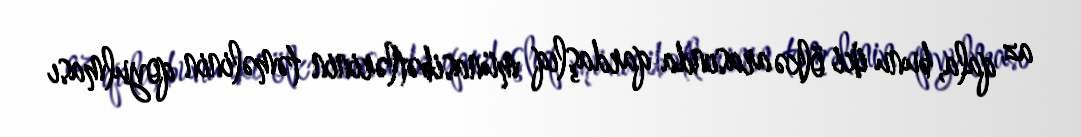
az qala, bunu iki ölkə arasında qardaşlıq münasibətlərinin təməlinin qoyulması